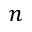
n